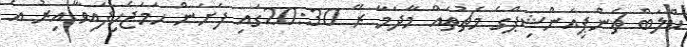
ކްލަބް ޗެންޕިއަންޝިޕްގެ މެޗުތައް މާދަމާ ރޭ 20:30ގައި ފަށަން ހަމަޖެހިފައިވާ އިރު އެ